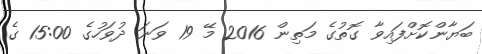
ބަޔާންކޮށްފައިވާ ގޮތުގެ މަތިން 2016 މޭ 19 ވަނަ ދުވަހުގެ 15:00 ގެ